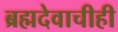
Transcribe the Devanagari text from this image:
ब्रह्मदेवाचीही